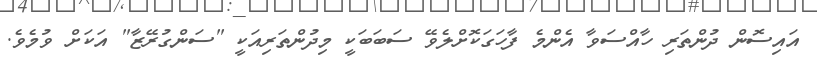
އައިސޮން ދުންތަރި ހާއްސަވާ އެންމެ ފާހަގަކޮށްލެވޭ ސަބަބަކީ މިދުންތަރިއަކީ "ސަންގުރޭޒާ" އަކަށް ވުމެވެ.